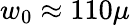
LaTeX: w_{0}\approx 110\mu